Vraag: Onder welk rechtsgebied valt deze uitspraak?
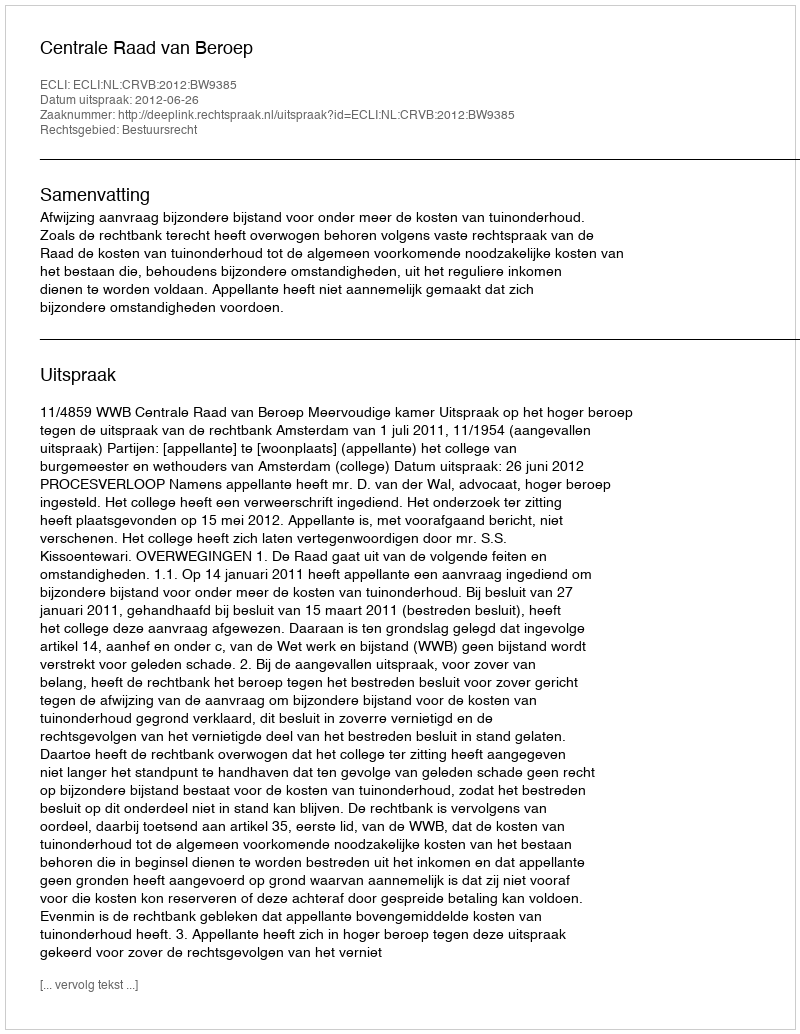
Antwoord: Bestuursrecht